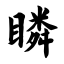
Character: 瞵